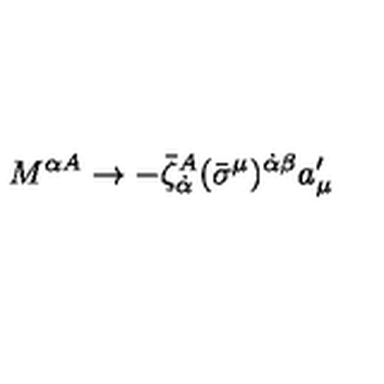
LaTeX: M ^ { \alpha A } \to - { \bar { \zeta } } _ { \dot { \alpha } } ^ { A } ( \bar { \sigma } ^ { \mu } ) ^ { \dot { \alpha } \beta } a _ { \mu } ^ { \prime }